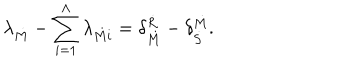
\lambda _ { \dot { M } } - \sum _ { i = 1 } ^ { \Lambda } \lambda _ { \dot { M } i } = \delta _ { \dot { M } } ^ { \dot { R } } - \delta _ { \dot { S } } ^ { \dot { M } } .